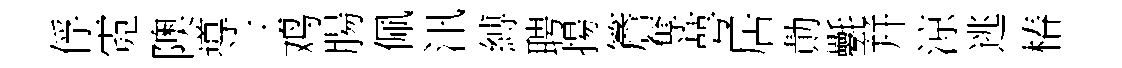
俘霓隩導三鸡腸佩汛縛聘揚簷奪萼居勣氎幷涼逃椿